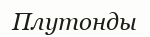
Плутонды